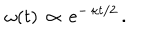
LaTeX: \: \omega ( t ) \, \propto \, e ^ { - \, \kappa t / 2 } \, . \: